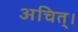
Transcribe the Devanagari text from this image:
अचित्‌।